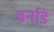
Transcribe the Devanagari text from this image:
बर्नाडे